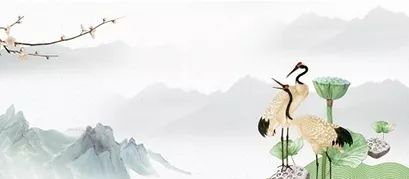
且欲近寻彭泽宰，陶然共醉菊花杯。